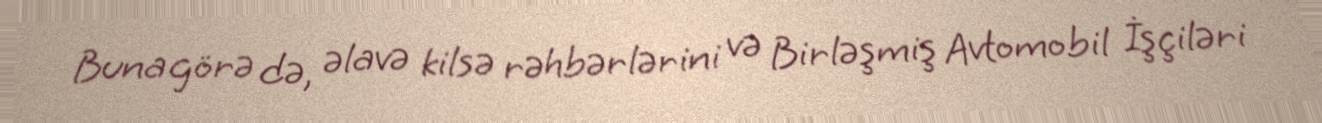
Buna görə də, əlavə kilsə rəhbərlərini və Birləşmiş Avtomobil İşçiləri